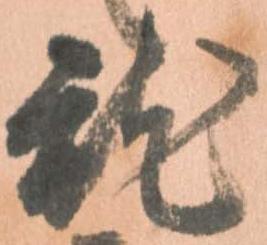
就